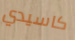
كاسيدي